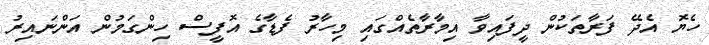
ހެޔޮ އެދޭ ފަރާތަކުން ދީފައިވާ އިމާރާތެއްގައި މިހާރު ފެޑާގެ އޮފީސް ހިންގަމުން އަންނައިރު